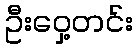
ဦးဝှေ့တင်း